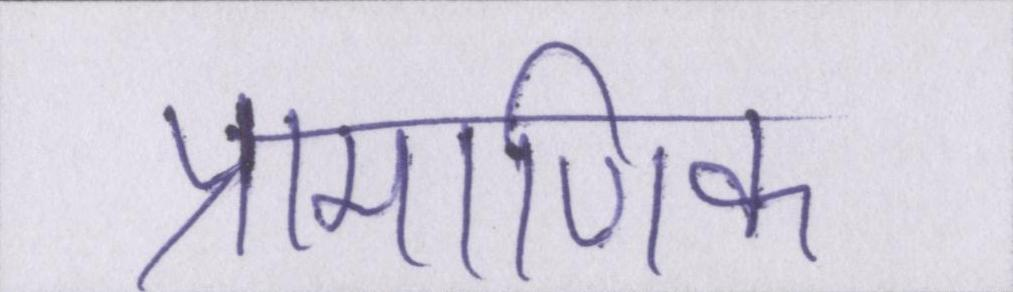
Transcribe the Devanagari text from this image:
प्रामाणिक